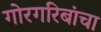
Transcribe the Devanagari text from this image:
गोरगरिबांचा